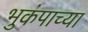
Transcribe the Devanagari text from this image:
भुकंपाच्या